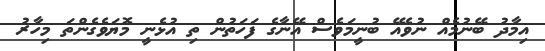
އިމާދު ބޭނުމެއް ނުވެއޭ ބުނީމަވެސް އޭނާގެ ފަހަތުން ތި އުޅެނީ މޮޔަވެގެންތަ މިހާރު